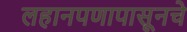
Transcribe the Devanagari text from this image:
लहानपणापासूनचे